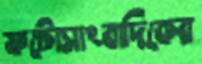
ফটোসাংবাদিকের